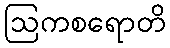
ဩကစရောတိ